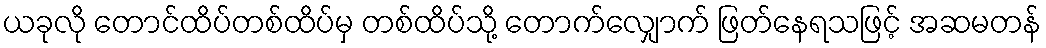
ယခုလို တောင်ထိပ်တစ်ထိပ်မှ တစ်ထိပ်သို့ တောက်လျှောက် ဖြတ်နေရသဖြင့် အဆမတန်